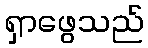
ရှာဖွေသည်